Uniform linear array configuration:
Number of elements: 12
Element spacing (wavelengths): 0.5
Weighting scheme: blackman
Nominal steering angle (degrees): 60
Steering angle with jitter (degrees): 60.546
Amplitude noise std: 0.05
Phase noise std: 0.05

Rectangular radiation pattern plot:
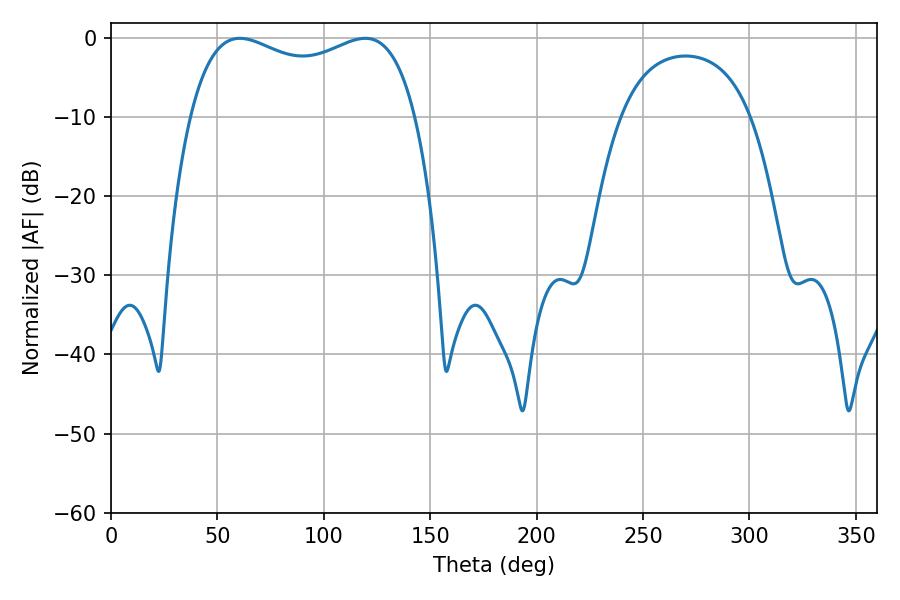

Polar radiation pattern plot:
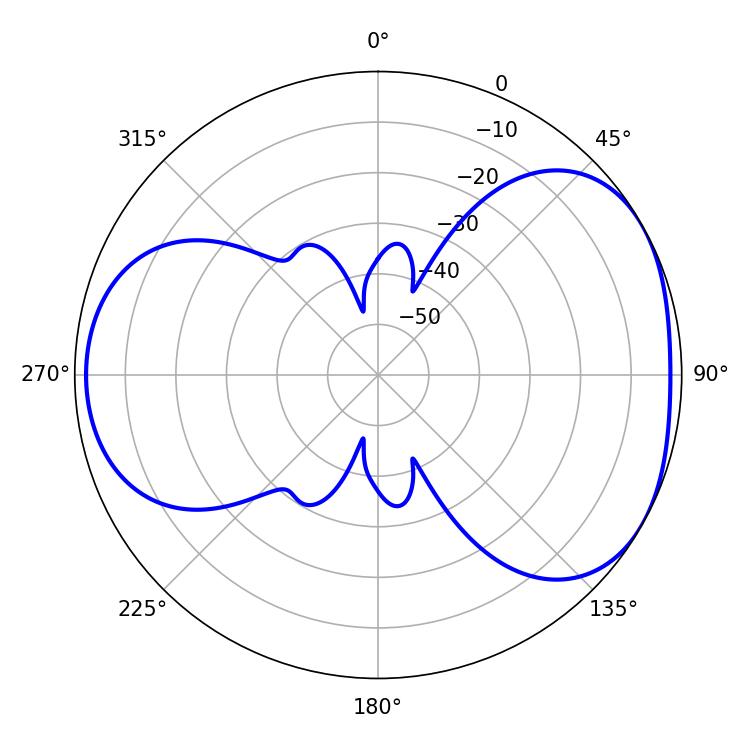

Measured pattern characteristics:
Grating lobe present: FALSE
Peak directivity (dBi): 4.39
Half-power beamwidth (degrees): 87.48
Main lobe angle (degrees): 60.48